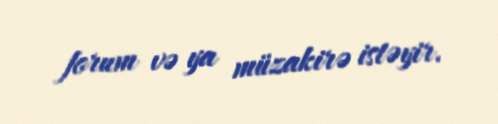
forum və ya müzakirə istəyir.